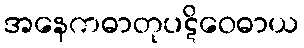
အနေကဓာတုပဋိဝေဓာယ